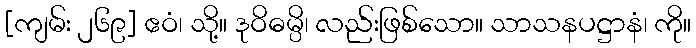
[ကျမ်း ၂၆၉] ဧဝံ၊ သို့။ ဒုဝိဓမ္ပိ၊ လည်းဖြစ်သော။ သာသနပဋ္ဌာနံ၊ ကို။